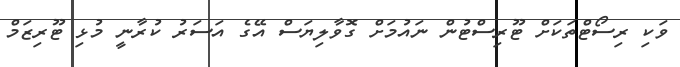
ވަކި ރިސޯޓްތަކަށް ޓޫރިސްޓުން ނައުމަށް ގޮވާލިޔަސް އޭގެ އަސަރު ކުރާނީ މުޅި ޓޫރިޒަމް